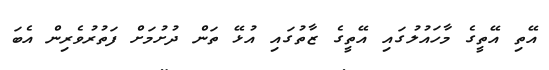
އޭތި އޭތީގެ މާހައުލުގައި އޭތީގެ ޒާތުގައި އުޅޭ ތަން ދުށުމަށް ފަތުރުވެރިން އެބަ